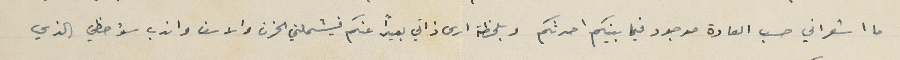
ما اشعر اني حسب العادة موجود فيما بينكم احدثكم وبلحظة ارى ذاتي بعيداً عنكم فيشملني الحزن والاسف واندب سؤ حظي الذي